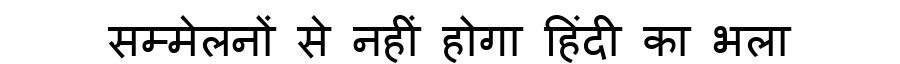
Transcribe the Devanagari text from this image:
सम्मेलनों से नहीं होगा हिंदी का भला